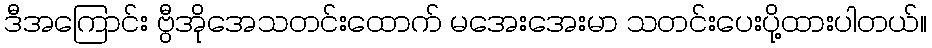
ဒီအကြောင်း ဗွီအိုအေသတင်းထောက် မအေးအေးမာ သတင်းပေးပို့ထားပါတယ်။